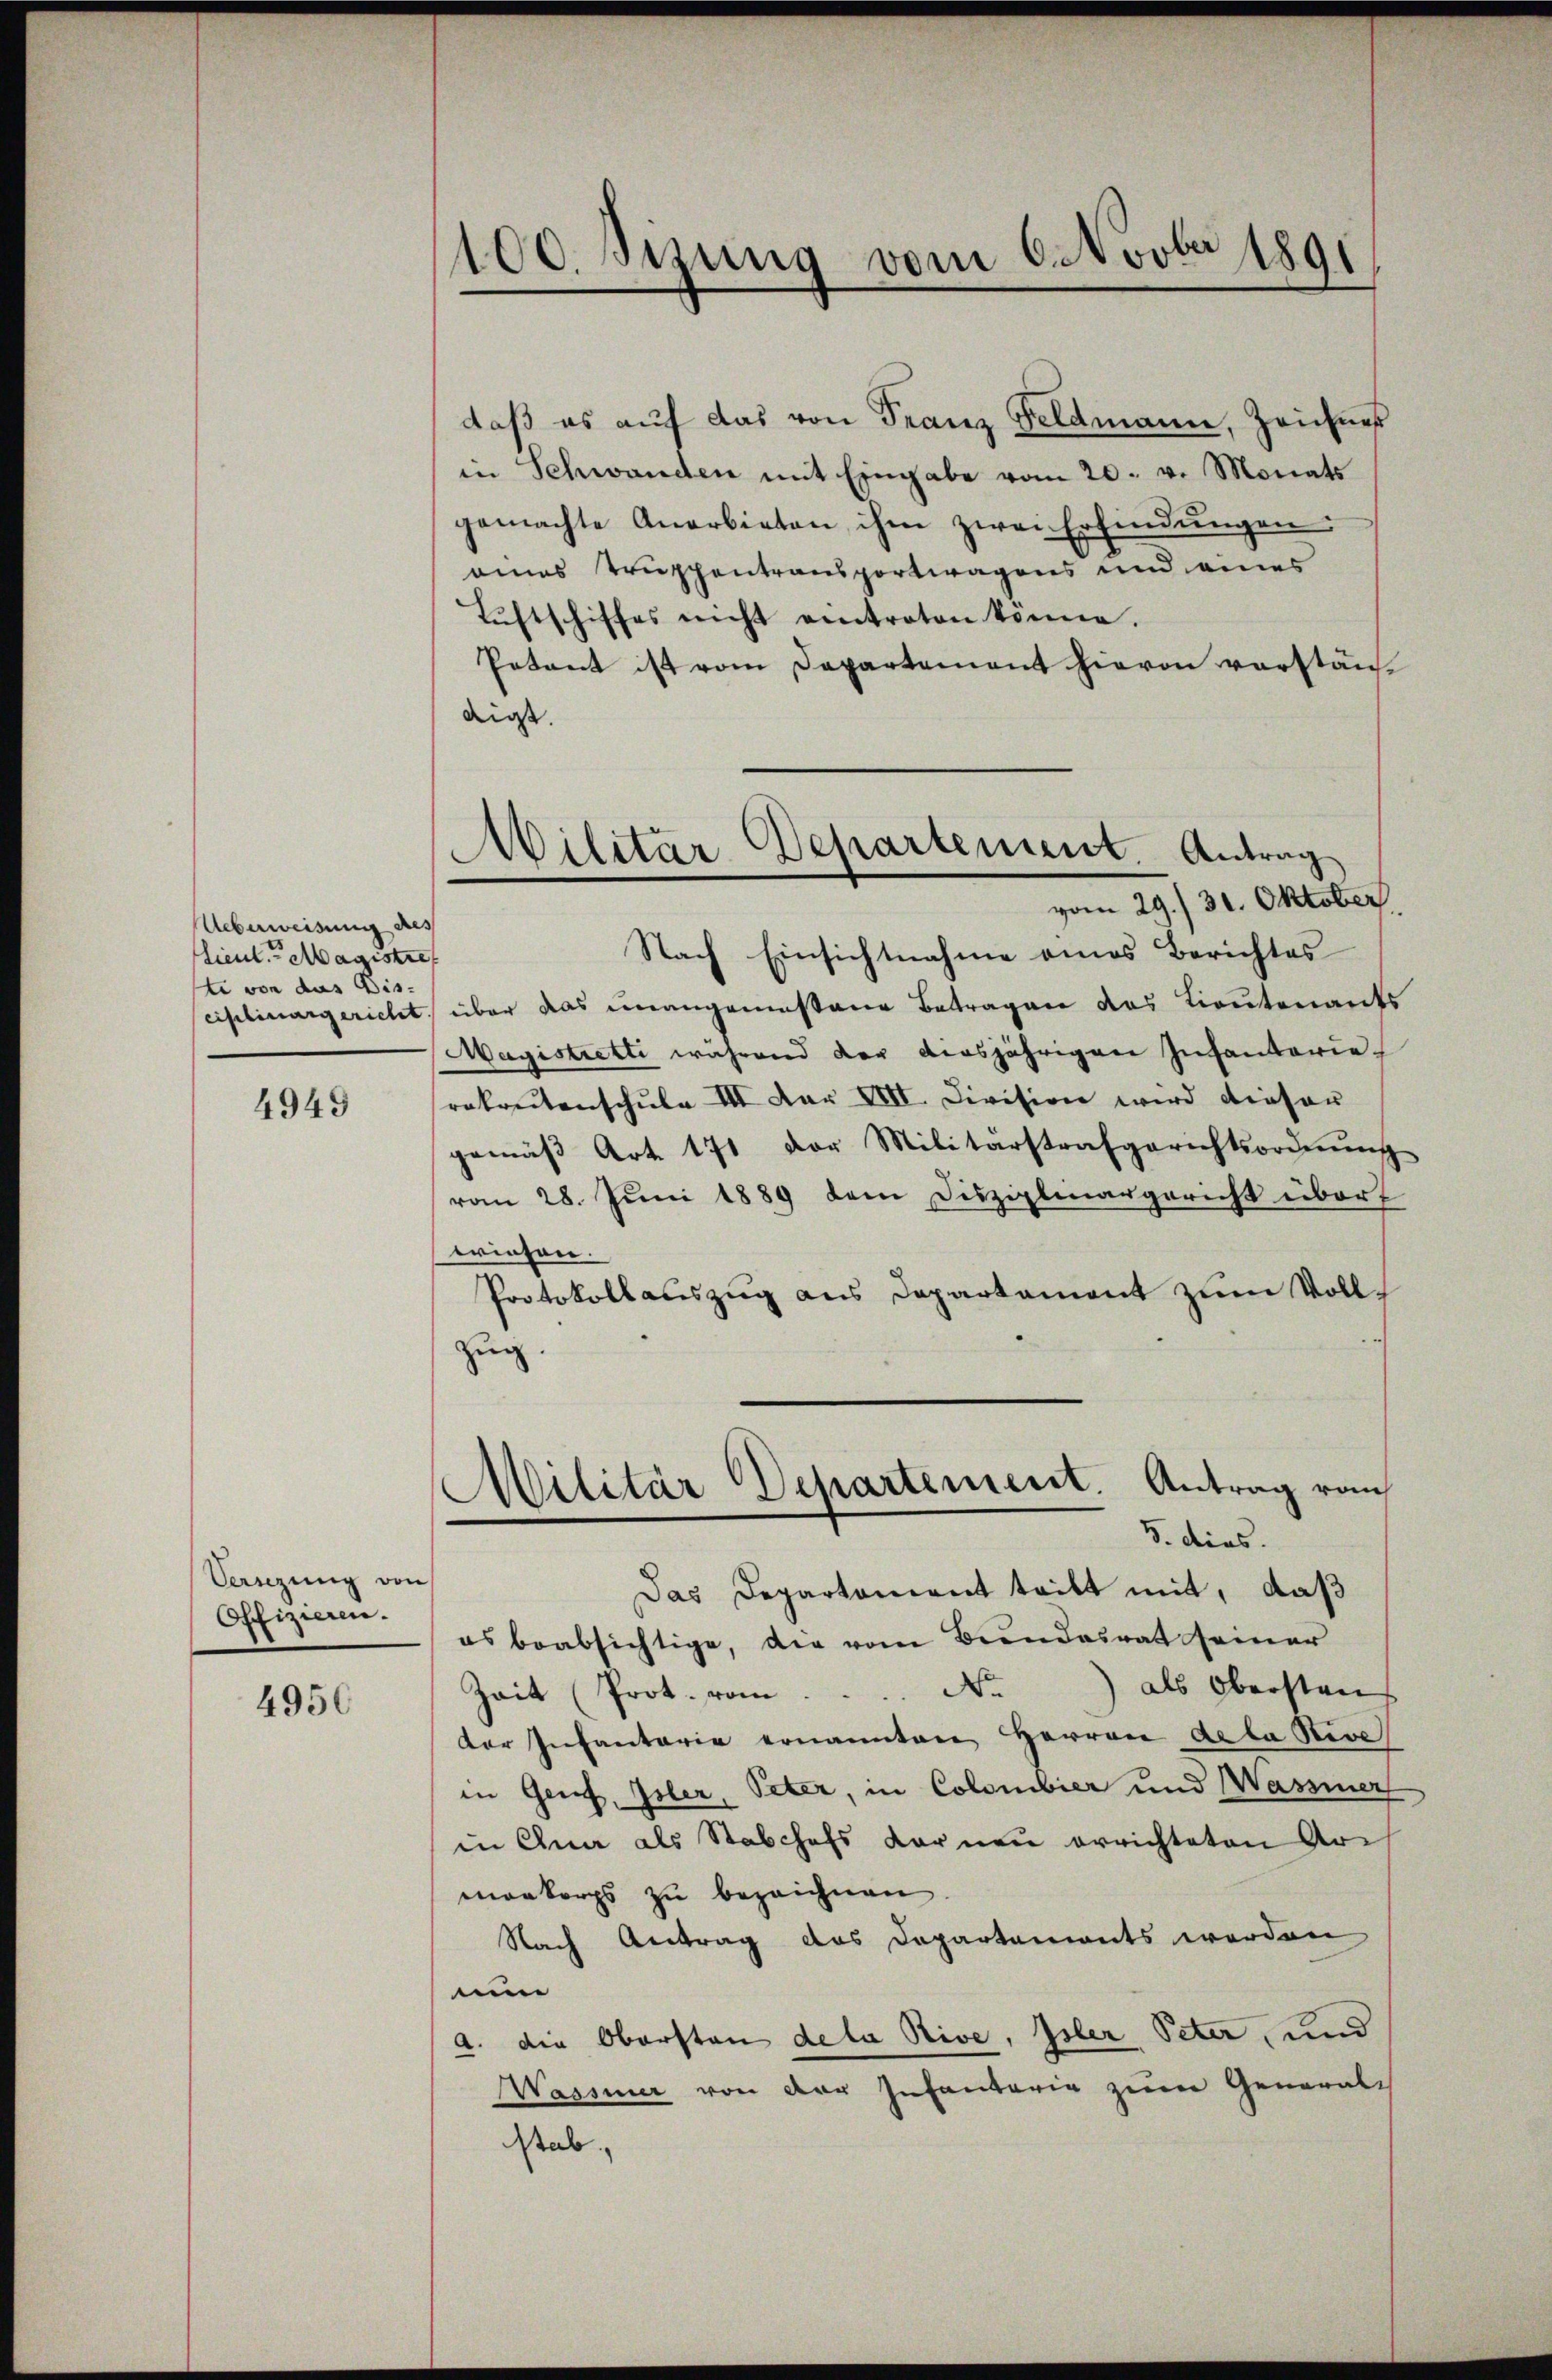
Ueberweisung des
Lieut. Magistre
te von das Dis-

4945

Cenzung von
Offizieren.

4956

100. sizung vom 6. Novbr 1891

in Schwanden mit Eingabe vom 20. v. Monats
gemachte Anerbieten ihm zwei Erfindŭngen.
eines Truppentransportwagens und eines
Luftschiffes nicht eintraten könne.
Petent ist vom Departement hievon vorständ
dirst. |
Nach Einsichtnahme eines Berichtes
ciplinargericht über das unangemessene Betragen das Lieutenants
Magistretti während der diesjährigen Infanterie
rabreitenschŭle III Dar XVII. Division wird dieser
gemäβ Art. 171 der Militärstrafgerichtsordnŭng
vom 28. Juni 1889 dem Disziplinargericht über
wiesen.
Protokollauszug aus Departement zum Voll¬
Zug.
Militär Departement. Antrag von
3. dies.
Das Departament teilt mit, daß
es beabsichtige, die vom Bundesrat seiner
Zeit (Prot. vom  ..  ..  ..  No. als Oberstens
der Infantarie ernannten Herren Acta Rive
in Genf, Isler, Peter, in Colombier und Wassener
in Gna als Stabchefs Kornen errichteten Arch
monkorps zu bezeichnen
Nach Antrag das Departemonts werden
nun
a. die Obersten deta Rive, Isler Peter, und
Wassiner von der Infanterig zum General-
stab

daß es auf das von Franz Feldmann, Zeichnes

.
Wilitär Departement. Antrag
vom 29./30. Oktober